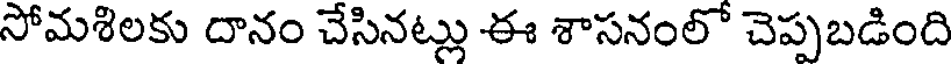
సోమశిలకు దానం చేసినట్లు ఈ శాసనంలో చెప్పబడింది